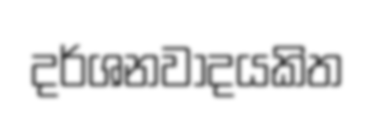
දර්ශනවාදයකිත